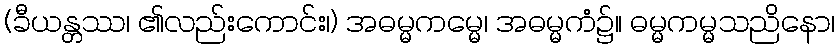
(ခီယန္တဿ၊ ၏လည်းကောင်း၊) အဓမ္မကမ္မေ၊ အဓမ္မကံ၌။ ဓမ္မကမ္မသညိနော၊